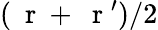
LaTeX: (\mathrm{~\mathbf~r~}+\mathrm{~\mathbf~r~}^{\prime})/2